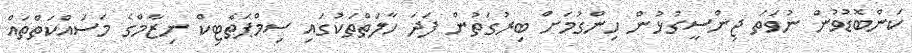
ކަންބޮޑުވުން ނުވަތަ ޖިންސީގުޅުން ހިންގުމަށް ބިރުގަތުން ފަދަ ހާލަތްތަކުގައި ސިމްޕަތެޓިކް ނިޒާމްގެ މަސައްކަތްތައް